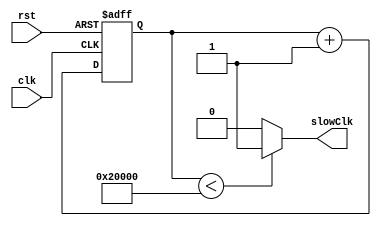
`timescale 1ns / 1ps
//////////////////////////////////////////////////////////////////////////////////
// Company: 
// Engineer: 
// 
// Design Name: 
// Module Name: ClockDivider
// Project Name: 
// Target Devices: 
// Tool Versions: 
// Description: 
// 
// Dependencies: 
// 
// Revision:
// Revision 0.01 - File Created
// Additional Comments:
// 
//////////////////////////////////////////////////////////////////////////////////


module ClockDivider(
    input clk,
    input rst,
    output slowClk
    );
    reg[17:0] counter;
    always @ (posedge clk or posedge rst)
    begin
    if (rst)
    counter=6'b000000;
    else
    counter=counter+1; 
    end  
    assign slowClk=(counter<131072)?1'b1:1'b0;
    
endmodule